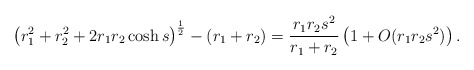
\begin{align*}\left( r_1^2+r_2^2 + 2r_1r_2\cosh s \right)^{\frac 12}-(r_1+r_2) = \frac{r_1r_2 s^2}{r_1+r_2}\left(1+ O(r_1r_2s^2)\right).\end{align*}